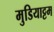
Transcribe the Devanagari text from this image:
मुडियाट्टम